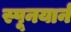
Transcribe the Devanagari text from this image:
स्पूनयार्न